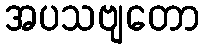
အပသဗျတော